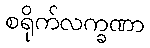
စရိုက်လက္ခဏာ